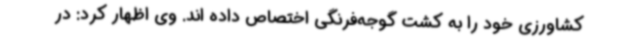
کشاورزی خود را به کشت گوجه‌فرنگی اختصاص داده اند. وی اظهار کرد: در